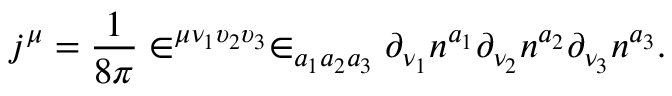
j ^ { \mu } = \frac 1 { 8 \pi } \in ^ { \mu \nu _ { 1 } \upsilon _ { 2 } \upsilon _ { 3 } } \in _ { a _ { 1 } a _ { 2 } a _ { 3 } } \partial _ { \nu _ { 1 } } n ^ { a _ { 1 } } \partial _ { \nu _ { 2 } } n ^ { a _ { 2 } } \partial _ { \nu _ { 3 } } n ^ { a _ { 3 } } .